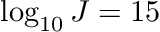
\log _ { 1 0 } J = 1 5